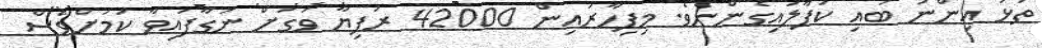
ތަޅު އިންނަ ބައި ކަފާލައިގެންނެވެ. މިފިހާރައިން 42000 ރުފިޔާ ވަގަށް ނަގާފައިވާ ކަމަށްވެސް